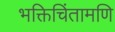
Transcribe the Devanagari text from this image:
भक्तिचिंतामणि